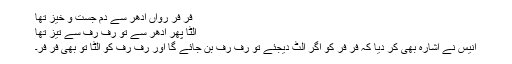
فر فر رواں ادھر سے دم جست و خیز تھا
الٹا پھر ادھر سے تو رف رف سے تیز تھا
انیس نے اشارہ بھی کر دیا کہ فر فر کو اگر الٹ دیجئے تو رف رف بن جائے گا اور رف رف کو الٹا تو بھی فر فر۔